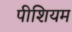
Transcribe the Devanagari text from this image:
पीशियम